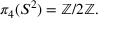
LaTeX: \pi _ { 4 } ( S ^ { 2 } ) = \mathbb { Z } / 2 \mathbb { Z } .